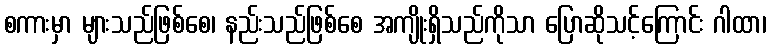
စကားမှာ များသည်ဖြစ်စေ၊ နည်းသည်ဖြစ်စေ အကျိုးရှိသည်ကိုသာ ပြောဆိုသင့်ကြောင်း ဂါထာ၊